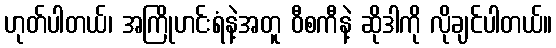
ဟုတ်ပါတယ်၊ အကြိုဟင်းရံနဲ့အတူ ဝီစကီနဲ့ ဆိုဒါကို လိုချင်ပါတယ်။